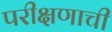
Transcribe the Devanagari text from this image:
परीक्षणाची